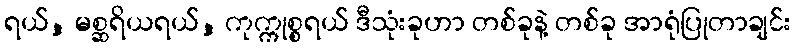
ရယ်, မစ္ဆရိယရယ်, ကုက္ကုစ္စရယ် ဒီသုံးခုဟာ တစ်ခုနဲ့ တစ်ခု အာရုံပြုတာချင်း